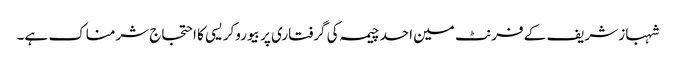
شہباز شریف کے فرنٹ مین احد چیمہ کی گرفتاری پر بیوروکریسی کا احتجاج شرمناک ہے۔